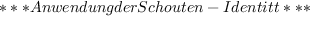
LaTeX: * * * A n w e n d u n g d e r S c h o u t e n - I d e n t i t ^ { } t * * *